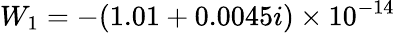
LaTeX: W_{1}=-(1.01+0.0045i)\times 10^{-14}